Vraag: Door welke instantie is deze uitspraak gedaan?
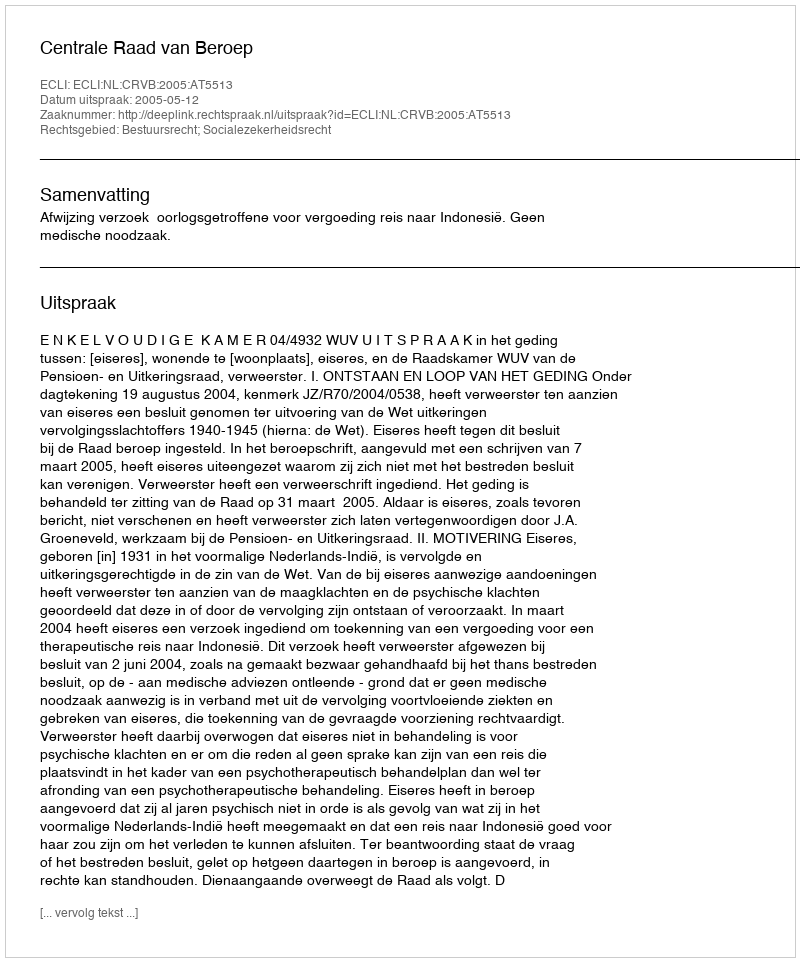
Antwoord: Centrale Raad van Beroep